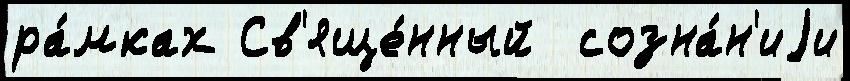
ра́мках Св'яще́нный  созна́н'иjи